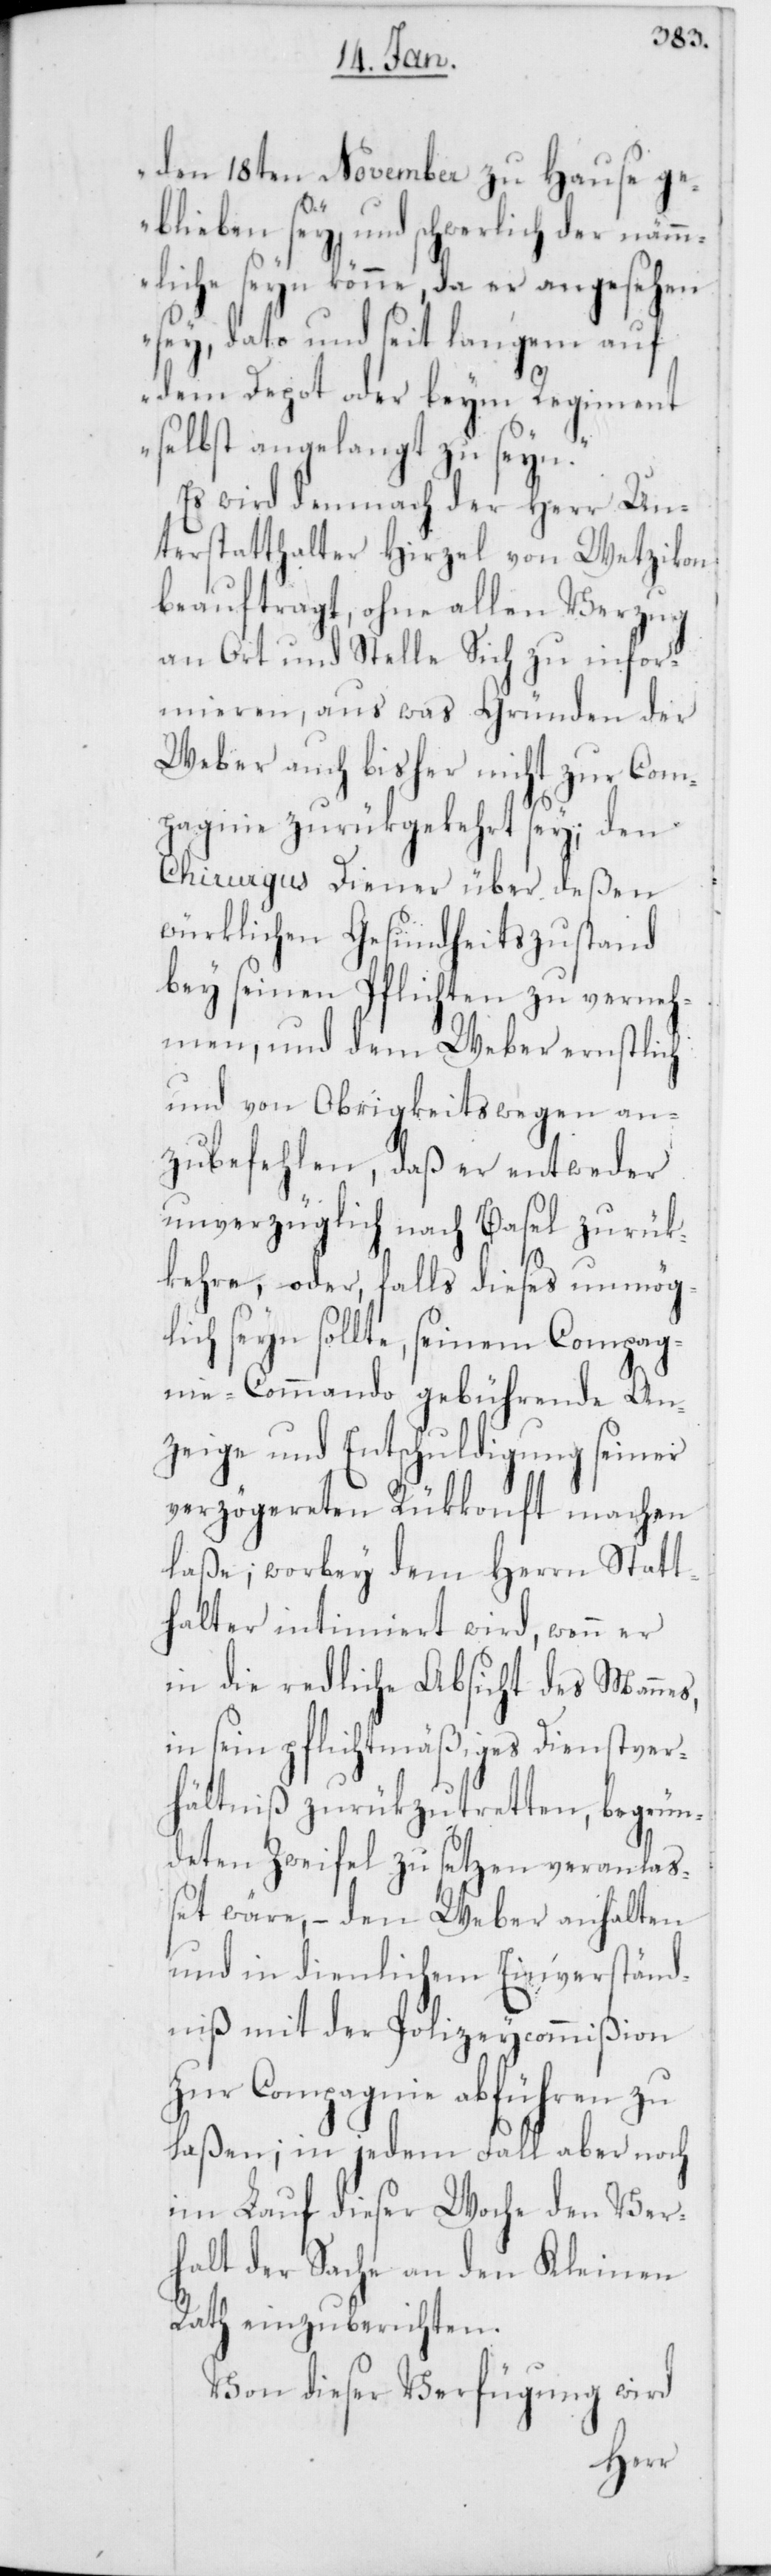
den 18ten November zu Hause ge¬
blieben sey, und schwerlich der nämm¬
liche seyn könne, da er angesehen
sey, dato und seit langem auf
dem Depot oder beym Regiment
selbst angelangt zu seyn.“
Es wird demnach der Herr Un¬
terstatthalter Hirzel von Wetzikon
beauftragt, ohne allen Verzug
an Ort und Stelle Sich zu infor¬
mieren, aus was Gründen der
Weber auch bisher nicht zur Com¬
pagnie zurükgekehrt sey; den
Chirurgus Diener über deßen
würklichen Gesundheitszustand
bey seinen Pflichten zu verneh¬
men, und dem Weber ernstlich
und von Obrigkeitswegen an¬
zubefehlen, daß er entweder
unverzüglich nach Basel zurük¬
kehre, oder, falls dieses unmög¬
lich seyn sollte, seinem Compag¬
nie-Commando gebührende An¬
zeige und Entschuldigung seiner
verzögereten Rükkonft machen
laße; worbey dem Herrn Statt¬
halter intimiert wird, wenn er
in die redliche Absicht des Mannes,
in sein pflichtmäßiges Dienstver¬
hältniß zurükzutretten, begrün¬
deten Zweifel zu setzen veranla¬
ßet wäre, – den Weber anhalten
und in dienlichem Einverständ¬
niß mit der Polizeycommißion
zur Compagnie abführen zu
laßen; in jedem Fall aber noch
im Lauf dieser Woche den Ver¬
halt der Sache an den Kleinen
Rath einzuberichten.
Von dieser Verfügung wird